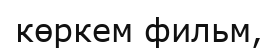
көркем фильм,